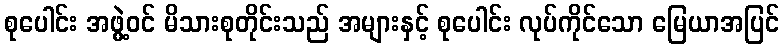
စုပေါင်း အဖွဲ့ဝင် မိသားစုတိုင်းသည် အများနှင့် စုပေါင်း လုပ်ကိုင်သော မြေယာအပြင်